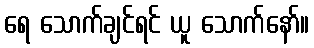
ရေ သောက်ချင်ရင် ယူ သောက်နော်။